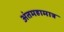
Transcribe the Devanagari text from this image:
अंतमहामात्र